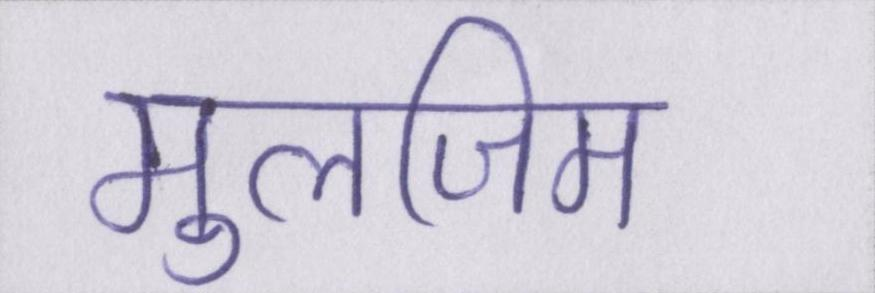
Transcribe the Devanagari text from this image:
मुलजिम